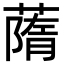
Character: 䔺